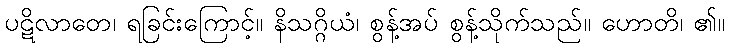
ပဋိလာတေ၊ ရခြင်းကြောင့်။ နိသဂ္ဂိယံ၊ စွန့်အပ် စွန့်သိုက်သည်။ ဟောတိ၊ ၏။